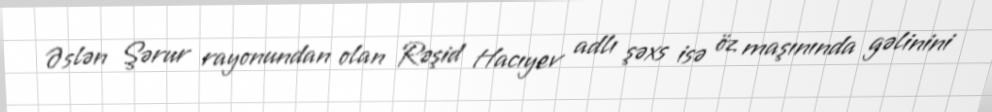
Əslən Şərur rayonundan olan Rəşid Hacıyev adlı şəxs isə öz maşınında gəlinini